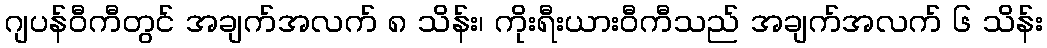
ဂျပန်ဝီကီတွင် အချက်အလက် ၈ သိန်း၊ ကိုးရီးယားဝီကီသည် အချက်အလက် ၆ သိန်း